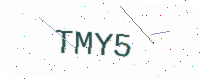
Text: TMY5